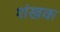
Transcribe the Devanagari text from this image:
शंखक